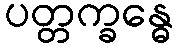
ပတ္တက္ခန္ဓေ